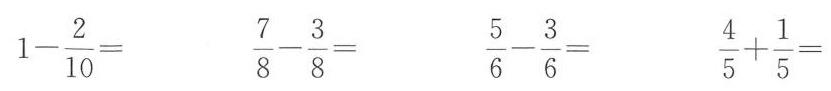
$$1-\frac {2} {10}= $$ $$ \frac {7} {8}- \frac {3} {8}= $$ $$ \frac {5} {6}- \fra{3} {6}= $$ $$ \frac {4} {5}+ \frac {1} {5}= $$